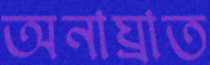
অনাঘ্রাত